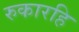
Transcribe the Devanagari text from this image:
रुकारहि